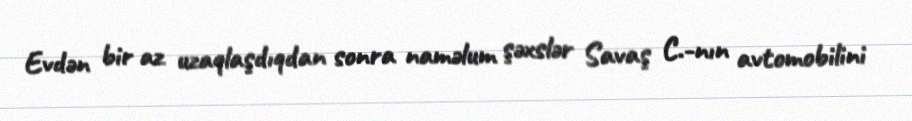
Evdən bir az uzaqlaşdıqdan sonra naməlum şəxslər Savaş C.-nın avtomobilini